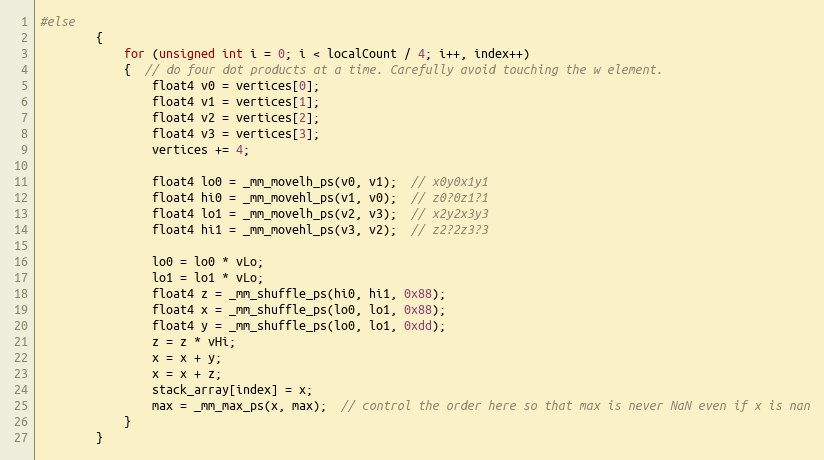
Language: C++
#else
		{
			for (unsigned int i = 0; i < localCount / 4; i++, index++)
			{  // do four dot products at a time. Carefully avoid touching the w element.
				float4 v0 = vertices[0];
				float4 v1 = vertices[1];
				float4 v2 = vertices[2];
				float4 v3 = vertices[3];
				vertices += 4;

				float4 lo0 = _mm_movelh_ps(v0, v1);  // x0y0x1y1
				float4 hi0 = _mm_movehl_ps(v1, v0);  // z0?0z1?1
				float4 lo1 = _mm_movelh_ps(v2, v3);  // x2y2x3y3
				float4 hi1 = _mm_movehl_ps(v3, v2);  // z2?2z3?3

				lo0 = lo0 * vLo;
				lo1 = lo1 * vLo;
				float4 z = _mm_shuffle_ps(hi0, hi1, 0x88);
				float4 x = _mm_shuffle_ps(lo0, lo1, 0x88);
				float4 y = _mm_shuffle_ps(lo0, lo1, 0xdd);
				z = z * vHi;
				x = x + y;
				x = x + z;
				stack_array[index] = x;
				max = _mm_max_ps(x, max);  // control the order here so that max is never NaN even if x is nan
			}
		}